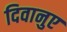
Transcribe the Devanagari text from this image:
दिवानुए